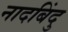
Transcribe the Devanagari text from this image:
नादबिंदु